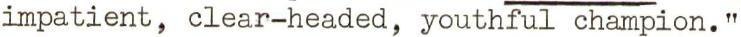
impatient, clear-headed, youthful champion."